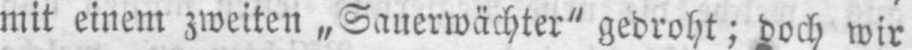
mit einem zweiten „Sauerwächter” gedroht; doch wir